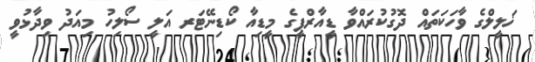
ޚަލީލްގެ ވާހަކަތައް ދޮގުކުރައްވާ ޑީއާރްޕީގެ މީޑިއާ ކޯޑިނޭޓަރ އަލީ ސޯލިހު މިއަދު ވިދާޅުވީ